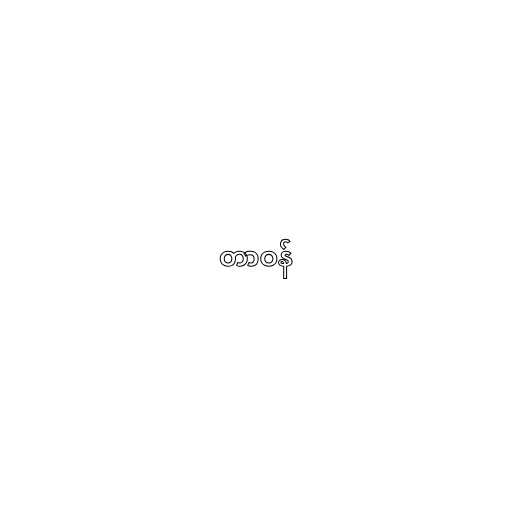
တာဝန်